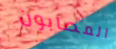
المصابون